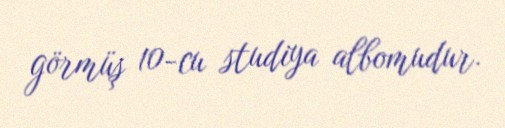
görmüş 10-cu studiya albomudur.